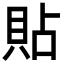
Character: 貼